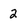
Character: 2